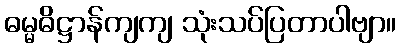
ဓမ္မဓိဋ္ဌာန်ကျကျ သုံးသပ်ပြတာပါဗျာ။